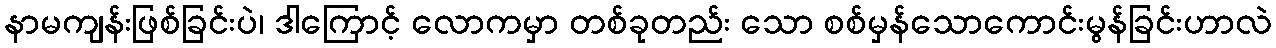
နာမကျန်းဖြစ်ခြင်းပဲ၊ ဒါကြောင့် လောကမှာ တစ်ခုတည်း သော စစ်မှန်သောကောင်းမွန်ခြင်းဟာလဲ